Insane asylums in Bengal annual reports 1867-1875 - 1867-1875
Year: 1867
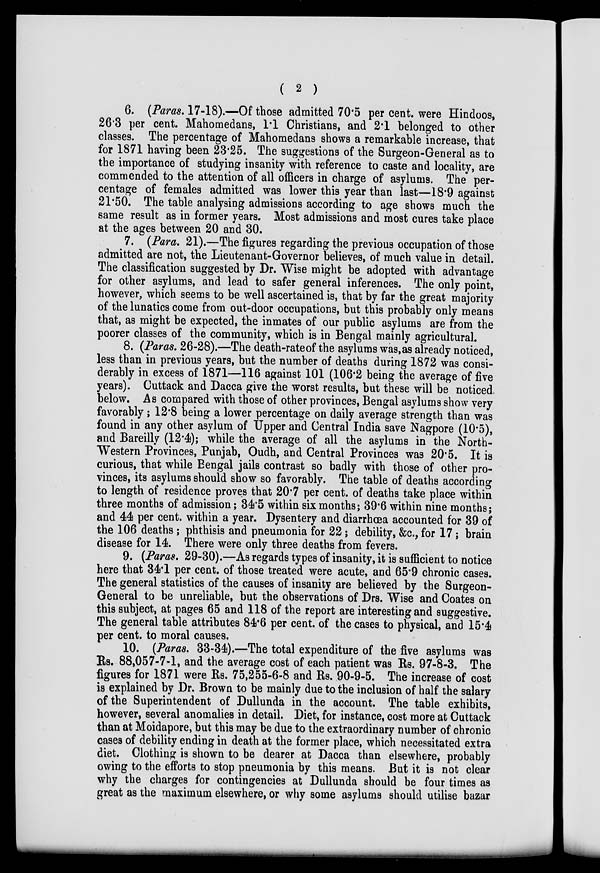
( 2 )
6. (Paras. 17-18).—Of those admitted 70.5 per cent. were Hindoos,
26.3 per cent. Mahomedans, 1.1 Christians, and 2.1 belonged to other
classes. The percentage of Mahomedans shows a remarkable increase, that
for 1871 having been 23.25. The suggestions of the Surgeon-General as to
the importance of studying insanity with reference to caste and locality, are
commended to the attention of all officers in charge of asylums. The per-
centage of females admitted was lower this year than last—18.9 against
21.50.The table analysing admissions according to age shows much the
same result as in former years. Most admissions and most cures take place
at the ages between 20 and 30.
7. (Para. 21).—The figures regarding the previous occupation of those
admitted are not, the Lieutenant-Governor believes, of much value in detail.
The classification suggested by Dr. Wise might be adopted with advantage
for other asylums, and lead to safer general inferences. The only point,
however, which seems to be well ascertained is, that by far the great majority
of the lunatics come from out-door occupations, but this probably only means
that, as might be expected, the inmates of our public asylums are from the
poorer classes of the community, which is in Bengal mainly agricultural.
8. (Paras. 26-28).—The death-rate of the asylums was,as already noticed,
less than in previous years, but the number of deaths during 1872 was consi-
derably in excess of 1871—116 against 101 (106.2 being the average of five
years). Cuttack and Dacca give the worst results, but these will be noticed
below. As compared with those of other provinces, Bengal asylums show very
favorably; 12.8 being a lower percentage on daily average strength than was
found in any other asylum of Upper and Central India save Nagpore (10.5),
and Bareilly (12.4); while the average of all the asylums in the North-
Western Provinces, Punjab, Oudh, and Central Provinces was 20.5. It is
curious, that while Bengal jails contrast so badly with those of other pro-
vinces, its asylums should show so favorably. The table of deaths according
to length of residence proves that 20.7 per cent. of deaths take place within
three months of admission; 34.5within six months; 39.6 within nine months;
and 44 per cent. within a year. Dysentery and diarrhœa accounted for 39 of
the 106 deaths ; phthisis and pneumonia for 22; debility, &c., for 17 ; brain
disease for 14. There were only three deaths from fevers.
9. (Paras. 29-30).—As regards types of insanity, it is sufficient to notice
here that 34.1 per cent. of those treated were acute, and 65.9 chronic cases.
The general statistics of the causes of insanity are believed by the Surgeon-
General to be unreliable, but the observations of Drs. Wise and Coates on
this subject, at pages 65 and 118 of the report are interesting and suggestive.
The general table attributes 84.6 per cent. of the cases to physical, and 15.4
per cent. to moral causes.
10. (Paras. 33-34).—The total expenditure of the five asylums was
Rs. 88,057-7-1, and the average cost of each patient was Rs. 97-8-3. The
figures for 1871 were Rs. 75,255-6-8 and Rs. 90-9-5. The increase of cost
is explained by Dr. Brown to be mainly due to the inclusion of half the salary
of the Superintendent of Dullunda in the account. The table exhibits,
however, several anomalies in detail. Diet, for instance, cost more at Cuttack
than at Moidapore, but this may be due to the extraordinary number of chronic
cases of debility ending in death at the former place, which necessitated extra
diet. Clothing is shown to be dearer at Dacca than elsewhere, probably
owing to the efforts to stop pneumonia by this means. But it is not clear
why the charges for contingencies at Dullunda should be four times as
great as the maximum elsewhere, or why some asylums should utilise bazar